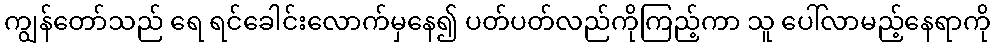
ကျွန်တော်သည် ရေ ရင်ခေါင်းလောက်မှနေ၍ ပတ်ပတ်လည်ကိုကြည့်ကာ သူ ပေါ်လာမည့်နေရာကို